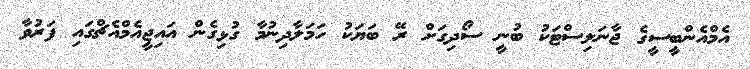
އެމްއެންބީސީގެ ޖާނަލިސްޓަކު ބުނީ ސޯދިގަށް ރޭ ބަޔަކު ހަމަލާދިނުމާ ގުޅިގެން އައިޖީއެމްއެޗްގައި ފަރުވާ